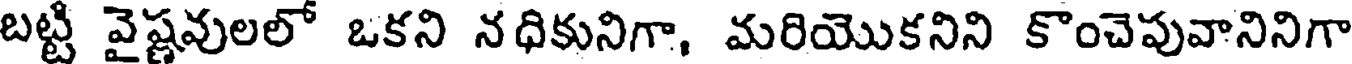
బట్టి వైష్ణవులలో ఒకని నధికునిగా, మరియొకనిని కొంచెపువానినిగా